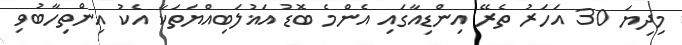
މިދިޔަ 30 އަހަރު ތެރޭ އިންޑިއާގައި އެންމެ ބޮޑު އަޣުލަބިއްޔަތަކާ އެކު އިންތިހާބުވި